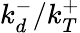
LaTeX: k_{d}^{-}/k_{T}^{+}